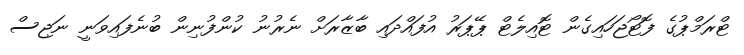
ޓްރަމްޕުގެ ފޮޓޯޖަހައިގެން ޓޮއިލެޓް ޕޭޕަރު އުފައްދައި ބާޒާރަށް ނެރުނު ކުންފުނިން ބުނެފައިވަނީ ނަޖިސް